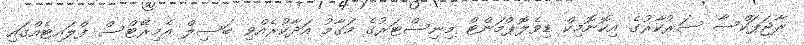
ރާޖަޕަކްސާ ސަރުކާރުގެ އިކޮނޮމިކް ޑިވެލޮޕްމަންޓް މިނިސްޓަރުގެ މަގާމު އަދާކުރެއްވި ބަސިލް އެމިރޭޓްސް ފްލައިޓެއްގައި